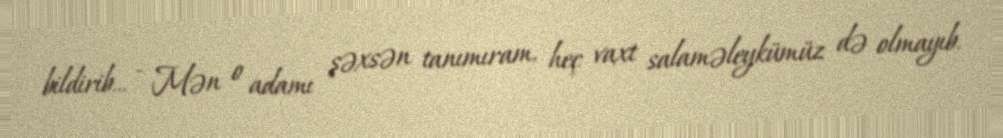
bildirib... - Mən o adamı şəxsən tanımıram, heç vaxt salaməleykümüz də olmayıb.